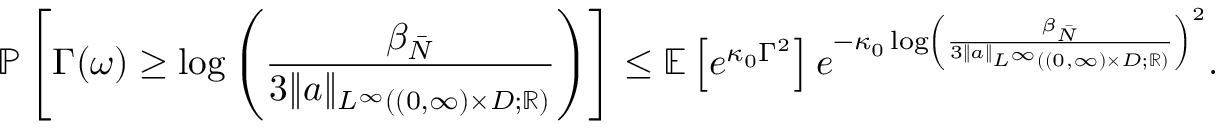
\mathbb { P } \left[ \Gamma ( \omega ) \geq \log \left( \frac { \beta _ { \bar { N } } } { 3 \| a \| _ { L ^ { \infty } ( ( 0 , \infty ) \times D ; \mathbb { R } ) } } \right) \right] \leq \mathbb { E } \left[ e ^ { \kappa _ { 0 } \Gamma ^ { 2 } } \right] e ^ { - \kappa _ { 0 } \log \left( \frac { \beta _ { \bar { N } } } { 3 \| a \| _ { L ^ { \infty } ( ( 0 , \infty ) \times D ; \mathbb { R } ) } } \right) ^ { 2 } } .